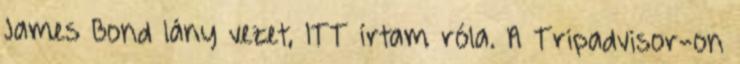
James Bond lány vezet, ITT írtam róla. A Tripadvisor-on